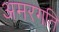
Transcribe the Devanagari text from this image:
अमरगति